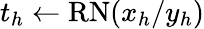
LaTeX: t_{h}\gets\mathrm{RN}(x_{h}/y_{h})